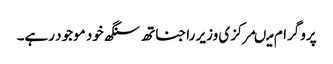
پروگرام میںمرکزی وزیر راجناتھ سنگھ خود موجود رہے۔